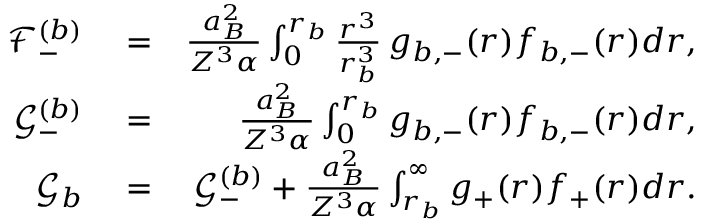
\begin{array} { r l r } { \mathcal { F } _ { - } ^ { ( b ) } } & { { } = } & { \frac { a _ { B } ^ { 2 } } { Z ^ { 3 } \alpha } \int _ { 0 } ^ { r _ { b } } \frac { r ^ { 3 } } { r _ { b } ^ { 3 } } \, g _ { b , - } ( r ) f _ { b , - } ( r ) d r , } \\ { \mathcal { G } _ { - } ^ { ( b ) } } & { { } = } & { \frac { a _ { B } ^ { 2 } } { Z ^ { 3 } \alpha } \int _ { 0 } ^ { r _ { b } } g _ { b , - } ( r ) f _ { b , - } ( r ) d r , } \\ { \mathcal { G } _ { b } } & { { } = } & { \mathcal { G } _ { - } ^ { ( b ) } + \frac { a _ { B } ^ { 2 } } { Z ^ { 3 } \alpha } \int _ { r _ { b } } ^ { \infty } g _ { + } ( r ) f _ { + } ( r ) d r . } \end{array}